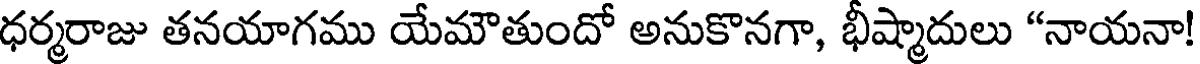
ధర్మరాజు తనయాగము యేమౌతుందో అనుకొనగా, భీష్మాదులు "నాయనా!